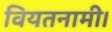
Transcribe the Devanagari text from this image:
वियतनामी।